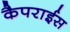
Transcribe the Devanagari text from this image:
कैपराईस